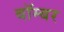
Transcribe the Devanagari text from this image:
बाॅम्बर